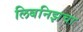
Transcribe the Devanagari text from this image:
लिबनिझचा